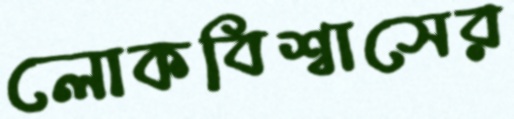
লোকবিশ্বাসের